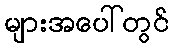
များအပေါ်တွင်